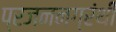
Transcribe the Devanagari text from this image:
प्रजननग्रंथी